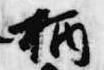
柄